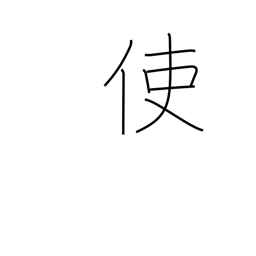
Meaning: send on a mission